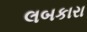
લબકારા